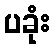
ပခုံး